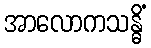
အာလောကသန္ဓိံ